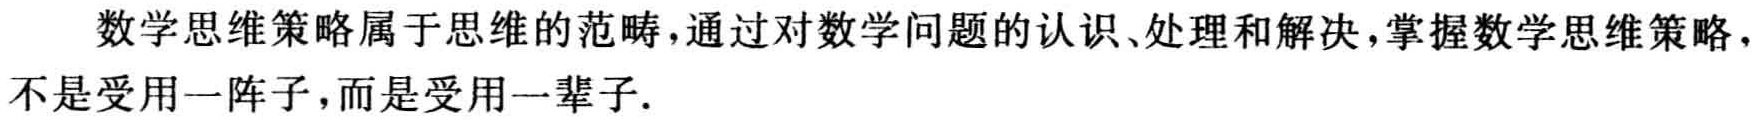
数学思维策略属于思维的范畴，通过对数学问题的认识、处理和解决，掌握数学思维策略，不是受用一阵子，而是受用一辈子.